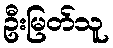
ဦးမြတ်သူ